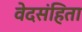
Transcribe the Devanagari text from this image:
वेदसंहिता